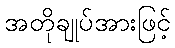
အတိုချုပ်အားဖြင့်